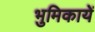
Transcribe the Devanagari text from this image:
भुमिकायें